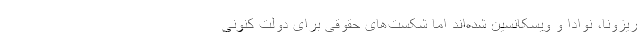
ریزونا، نوادا و ویسکانسین شده‌اند اما شکست‌های حقوقی برای دولت کنونی